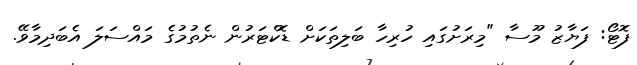
ފޮޓޯ: ފަޔާޒު މޫސާ "މިރަށުގައި ހުރިހާ ބަލިތަކަށް ޑޮކްޓަރުން ނެތުމުގެ މައްސަލަ އެބަދިމާވޭ.